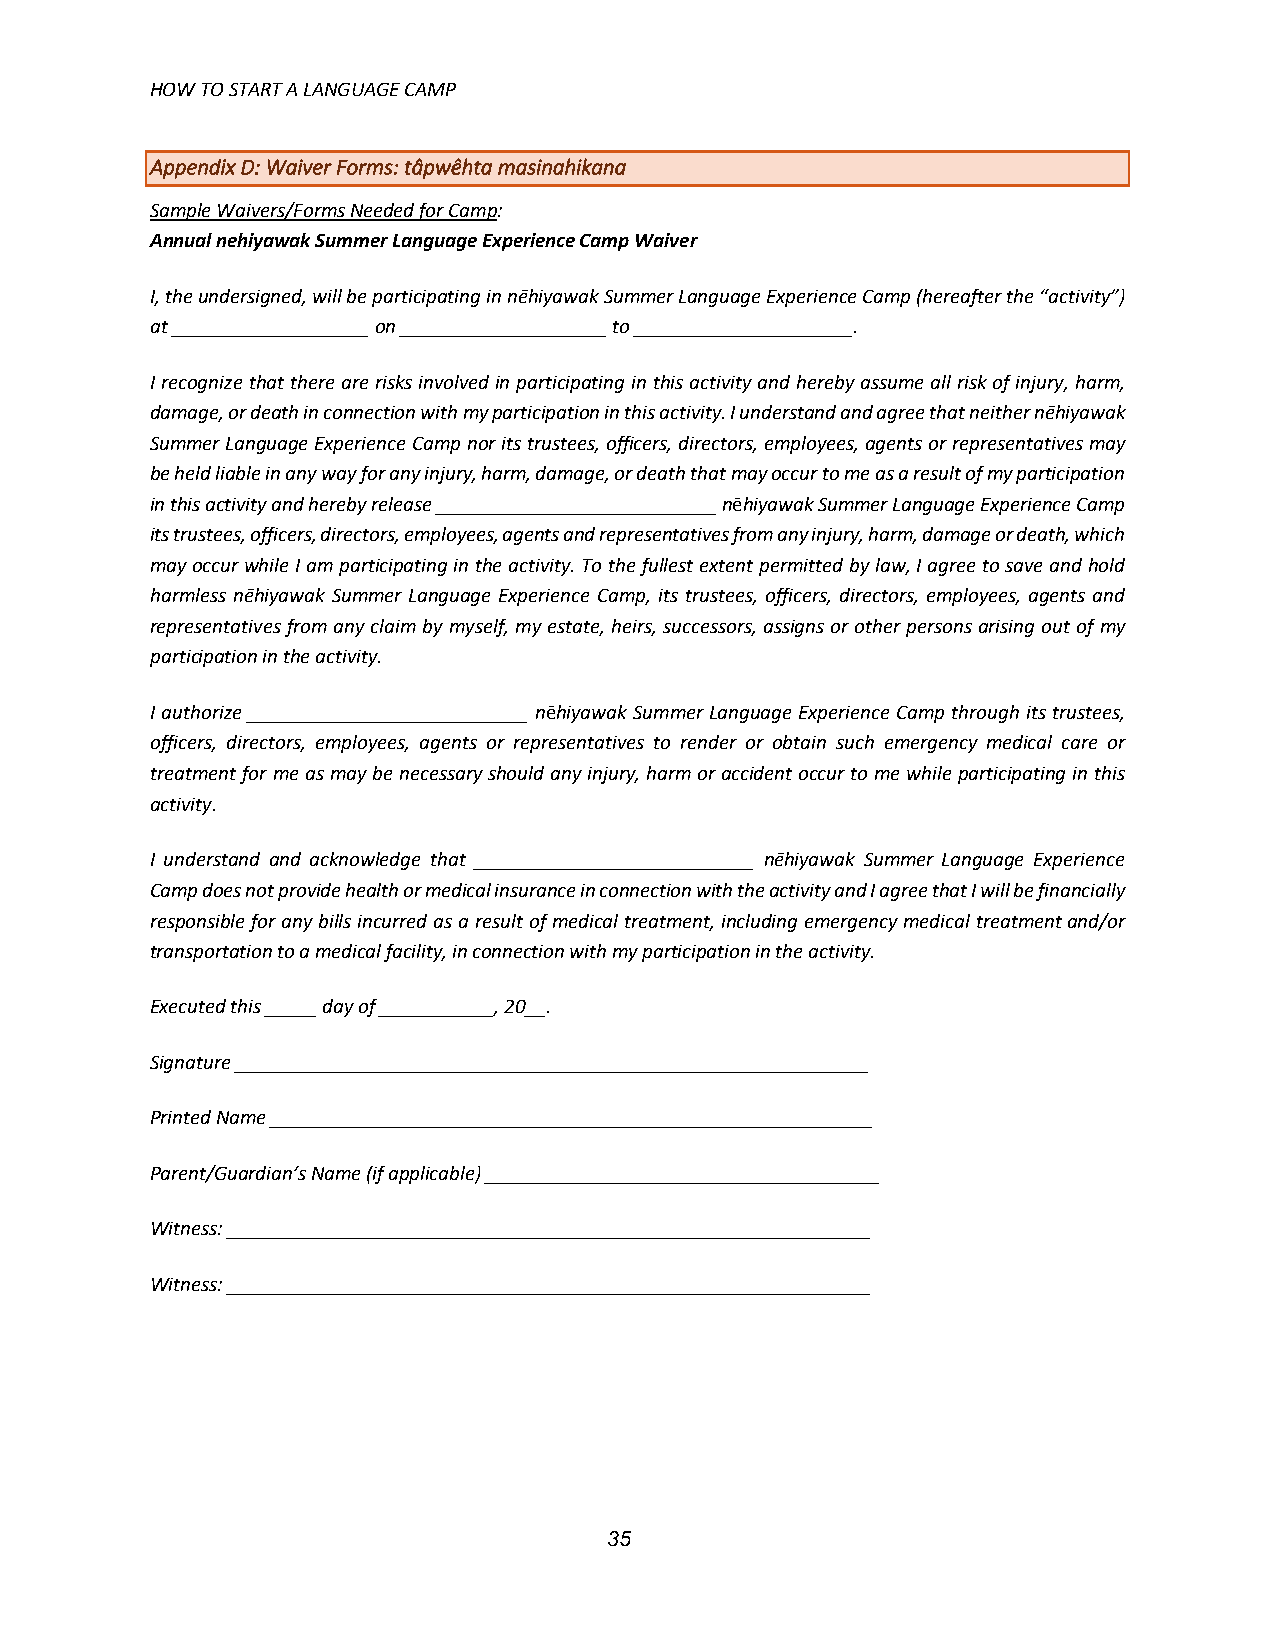
HOW TO START A LANGUAGE CAMP
 Appendix D: Waiver Forms: tâpwêhta masinahikana
 Sample Waivers/Forms Needed for Camp:
 Annual nehiyawak Summer Language Experience Camp Waiver
 I, the undersigned, will be participating in nēhiyawak Summer Language Experience Camp (hereafter the “activity”)
 at ___________________ on ____________________ to _____________________.
 I recognize that there are risks involved in participating in this activity and hereby assume all risk of injury, harm,
 damage, or death in connection with my participation in this activity. I understand and agree that neither nēhiyawak
 Summer Language Experience Camp nor its trustees, officers, directors, employees, agents or representatives may
 be held liable in any way for any injury, harm, damage, or death that may occur to me as a result of my participation
 in this activity and hereby release ___________________________ nēhiyawak Summer Language Experience Camp
 its trustees, officers, directors, employees, agents and representatives from any injury, harm, damage or death, which
 may occur while I am participating in the activity. To the fullest extent permitted by law, I agree to save and hold
 harmless nēhiyawak Summer Language Experience Camp, its trustees, officers, directors, employees, agents and
 representatives from any claim by myself, my estate, heirs, successors, assigns or other persons arising out of my
 participation in the activity.
 I authorize ___________________________ nēhiyawak Summer Language Experience Camp through its trustees,
 officers, directors, employees, agents or representatives to render or obtain such emergency medical care or
 treatment for me as may be necessary should any injury, harm or accident occur to me while participating in this
 activity.
 I understand and acknowledge that ___________________________ nēhiyawak Summer Language Experience
 Camp does not provide health or medical insurance in connection with the activity and I agree that I will be financially
 responsible for any bills incurred as a result of medical treatment, including emergency medical treatment and/or
 transportation to a medical facility, in connection with my participation in the activity.
 Executed this _____ day of ___________, 20__.
 Signature _____________________________________________________________
 Printed Name __________________________________________________________
 Parent/Guardian’s Name (if applicable) ______________________________________
 Witness: ______________________________________________________________
 Witness: ______________________________________________________________
 35